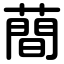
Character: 蕳